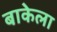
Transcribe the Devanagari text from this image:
बाकेला